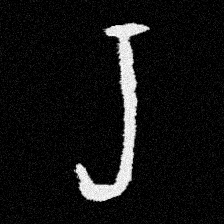
Pyu character \u2014 Myanmar letter: ရ (romanized: ra)